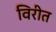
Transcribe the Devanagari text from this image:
विरीत